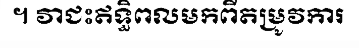
។ វាជះឥទ្ធិពលមកពីតម្រូវការ